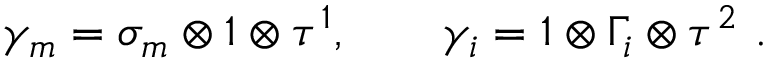
\gamma _ { m } = \sigma _ { m } \otimes 1 \otimes \tau ^ { 1 } , \qquad \gamma _ { i } = 1 \otimes \Gamma _ { i } \otimes \tau ^ { 2 } \ .